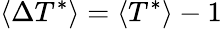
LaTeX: \langle\Delta T^{*}\rangle=\langle T^{*}\rangle-1